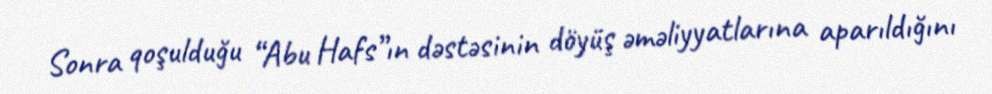
Sonra qoşulduğu “Abu Hafs”ın dəstəsinin döyüş əməliyyatlarına aparıldığını